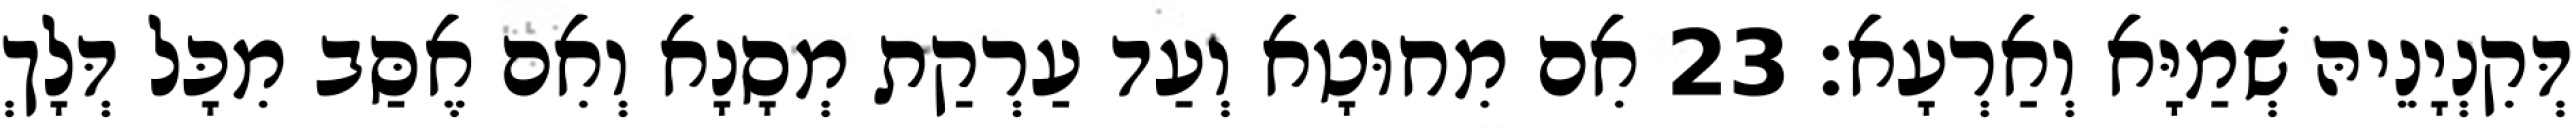
דְּקִנְיָנֵיהּ שְׁמַיָּא וְאַרְעָא׃ 23 אִם מִחוּטָא וְעַד עַרְקַת מְסָנָא וְאִם אֶסַּב מִכָּל דְּלָךְ